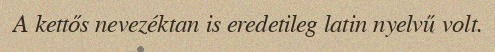
A kettős nevezéktan is eredetileg latin nyelvű volt.